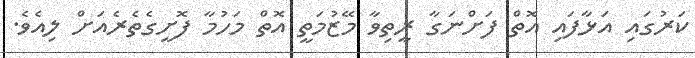
ކަރުގައި އަޅާފައި އޮތް ފަށްނަގާ ރީތިވާ މޭޒުމަތީ އޮތް މަހުމާ ފޮށީގެތެރެއަށް ލިއެވެ.